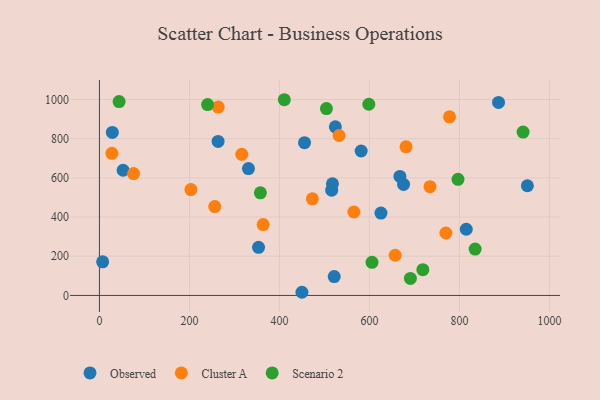
{"axis": {"x": "Investment", "y": "Demand"}, "legend": ["Cluster A", "Observed", "Scenario 2"], "data": [{"x": "455.8", "y": 779.9, "type": "Observed"}, {"x": "516.2", "y": 537.4, "type": "Observed"}, {"x": "675.9", "y": 566.8, "type": "Observed"}, {"x": "450.1", "y": 16.2, "type": "Observed"}, {"x": "263.7", "y": 786.4, "type": "Observed"}, {"x": "331.2", "y": 647.8, "type": "Observed"}, {"x": "667.8", "y": 607.7, "type": "Observed"}, {"x": "7.1", "y": 171.6, "type": "Observed"}, {"x": "581.7", "y": 737.2, "type": "Observed"}, {"x": "625.7", "y": 420.6, "type": "Observed"}, {"x": "52.6", "y": 639.0, "type": "Observed"}, {"x": "887.0", "y": 985.2, "type": "Observed"}, {"x": "521.8", "y": 96.5, "type": "Observed"}, {"x": "353.6", "y": 245.7, "type": "Observed"}, {"x": "517.9", "y": 570.0, "type": "Observed"}, {"x": "951.1", "y": 559.9, "type": "Observed"}, {"x": "815.3", "y": 337.8, "type": "Observed"}, {"x": "524.3", "y": 860.7, "type": "Observed"}, {"x": "28.7", "y": 832.2, "type": "Observed"}, {"x": "532.6", "y": 816.5, "type": "Cluster A"}, {"x": "565.6", "y": 426.0, "type": "Cluster A"}, {"x": "770.0", "y": 318.8, "type": "Cluster A"}, {"x": "657.4", "y": 205.3, "type": "Cluster A"}, {"x": "473.3", "y": 493.0, "type": "Cluster A"}, {"x": "681.4", "y": 758.4, "type": "Cluster A"}, {"x": "734.7", "y": 555.1, "type": "Cluster A"}, {"x": "263.9", "y": 961.6, "type": "Cluster A"}, {"x": "316.3", "y": 720.3, "type": "Cluster A"}, {"x": "778.1", "y": 911.9, "type": "Cluster A"}, {"x": "75.9", "y": 621.9, "type": "Cluster A"}, {"x": "363.9", "y": 361.7, "type": "Cluster A"}, {"x": "27.8", "y": 725.4, "type": "Cluster A"}, {"x": "256.4", "y": 453.8, "type": "Cluster A"}, {"x": "203.3", "y": 540.4, "type": "Cluster A"}, {"x": "691.1", "y": 87.0, "type": "Scenario 2"}, {"x": "598.7", "y": 976.0, "type": "Scenario 2"}, {"x": "718.8", "y": 131.7, "type": "Scenario 2"}, {"x": "605.8", "y": 169.1, "type": "Scenario 2"}, {"x": "357.7", "y": 523.9, "type": "Scenario 2"}, {"x": "941.5", "y": 833.9, "type": "Scenario 2"}, {"x": "835.0", "y": 236.7, "type": "Scenario 2"}, {"x": "504.5", "y": 953.9, "type": "Scenario 2"}, {"x": "410.9", "y": 999.0, "type": "Scenario 2"}, {"x": "240.4", "y": 974.1, "type": "Scenario 2"}, {"x": "796.9", "y": 592.9, "type": "Scenario 2"}, {"x": "43.7", "y": 989.8, "type": "Scenario 2"}]}